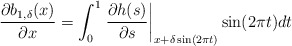
\begin{align*}\dfrac{\partial b_{1,\delta}(x)}{\partial x} = \int_{0}^{1} \left.\dfrac{\partial h(s)}{\partial s}\right|_{x+\delta\sin(2\pi t)}\sin(2\pi t) dt\end{align*}